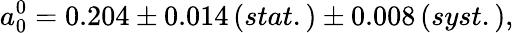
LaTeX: a_{0}^{0}=0.204\pm 0.014\, (stat.)\pm 0.008\, (syst.),